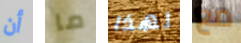
أن ما لهذا مع